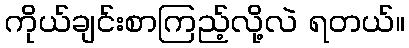
ကိုယ်ချင်းစာကြည့်လို့လဲ ရတယ်။